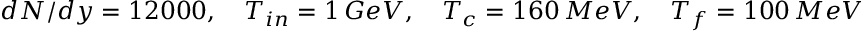
d N / d y = 1 2 0 0 0 , \quad T _ { i n } = 1 \, G e V , \quad T _ { c } = 1 6 0 \, M e V , \quad T _ { f } = 1 0 0 \, M e V ,